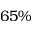
6 5 \%